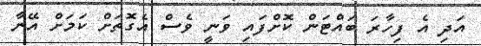
އަދި އެ ފިހާރަ ބައްޓަން ކޮށްފައި ވަނީ ވެސް އެގޮތަށް ކަމަށް އޭނާ